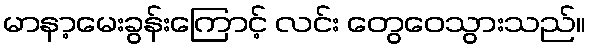
မာနာ့မေးခွန်းကြောင့် လင်း တွေဝေသွားသည်။